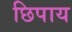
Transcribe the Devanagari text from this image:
छिपाय